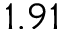
1 . 9 1